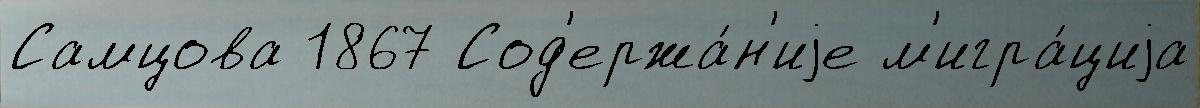
Самцова 1867 Сод'ержа́н'иjе м'игра́циjа